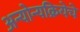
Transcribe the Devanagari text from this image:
अन्योन्यक्रियेचे